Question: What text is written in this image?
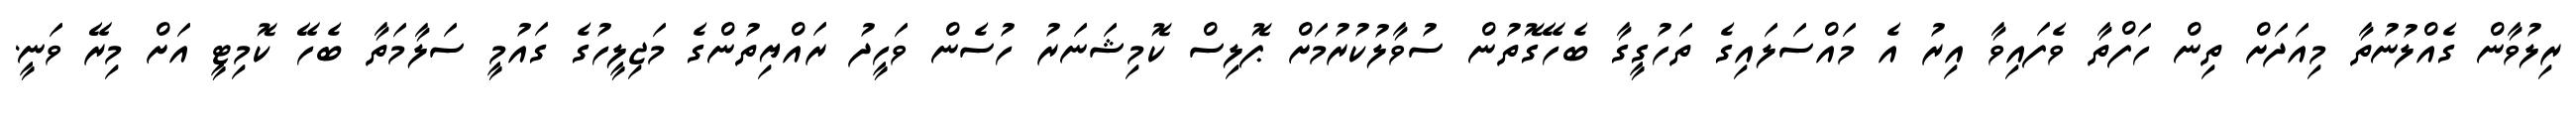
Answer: ރިލުވާން ގެއްލުނުތާ މިއަދަށް ތިން ހަފްތާ ވެފައިވާ އިރު އެ މައްސަލައިގެ ތަހުގީގާ ބެހޭގޮތުން ސުވާލުކުރުމަށް ޕޮލިސް ކޮމިޝަނަރު ހުސެން ވަހީދު ރައްޔިތުންގެ މަޖިލީހުގެ ގައުމީ ސަލާމަތާ ބެހޭ ކޮމިޓީ އަށް މިރޭ ވަނީ.